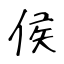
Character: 侯